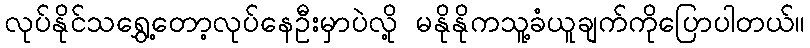
လုပ်နိုင်သရွှေ့တော့လုပ်နေဦးမှာပဲလို့ မနိုနိုကသူ့ခံယူချက်ကိုပြောပါတယ်။